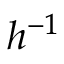
h ^ { - 1 }